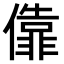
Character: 𫣶